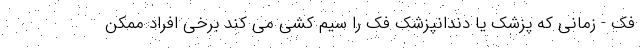
فک - زمانی که پزشک یا دندانپزشک فک را سیم کشی می کند برخی افراد ممکن